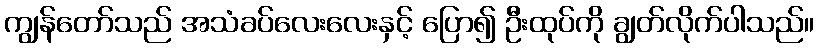
ကျွန်တော်သည် အသံခပ်လေးလေးနှင့် ပြော၍ ဦးထုပ်ကို ချွတ်လိုက်ပါသည်။